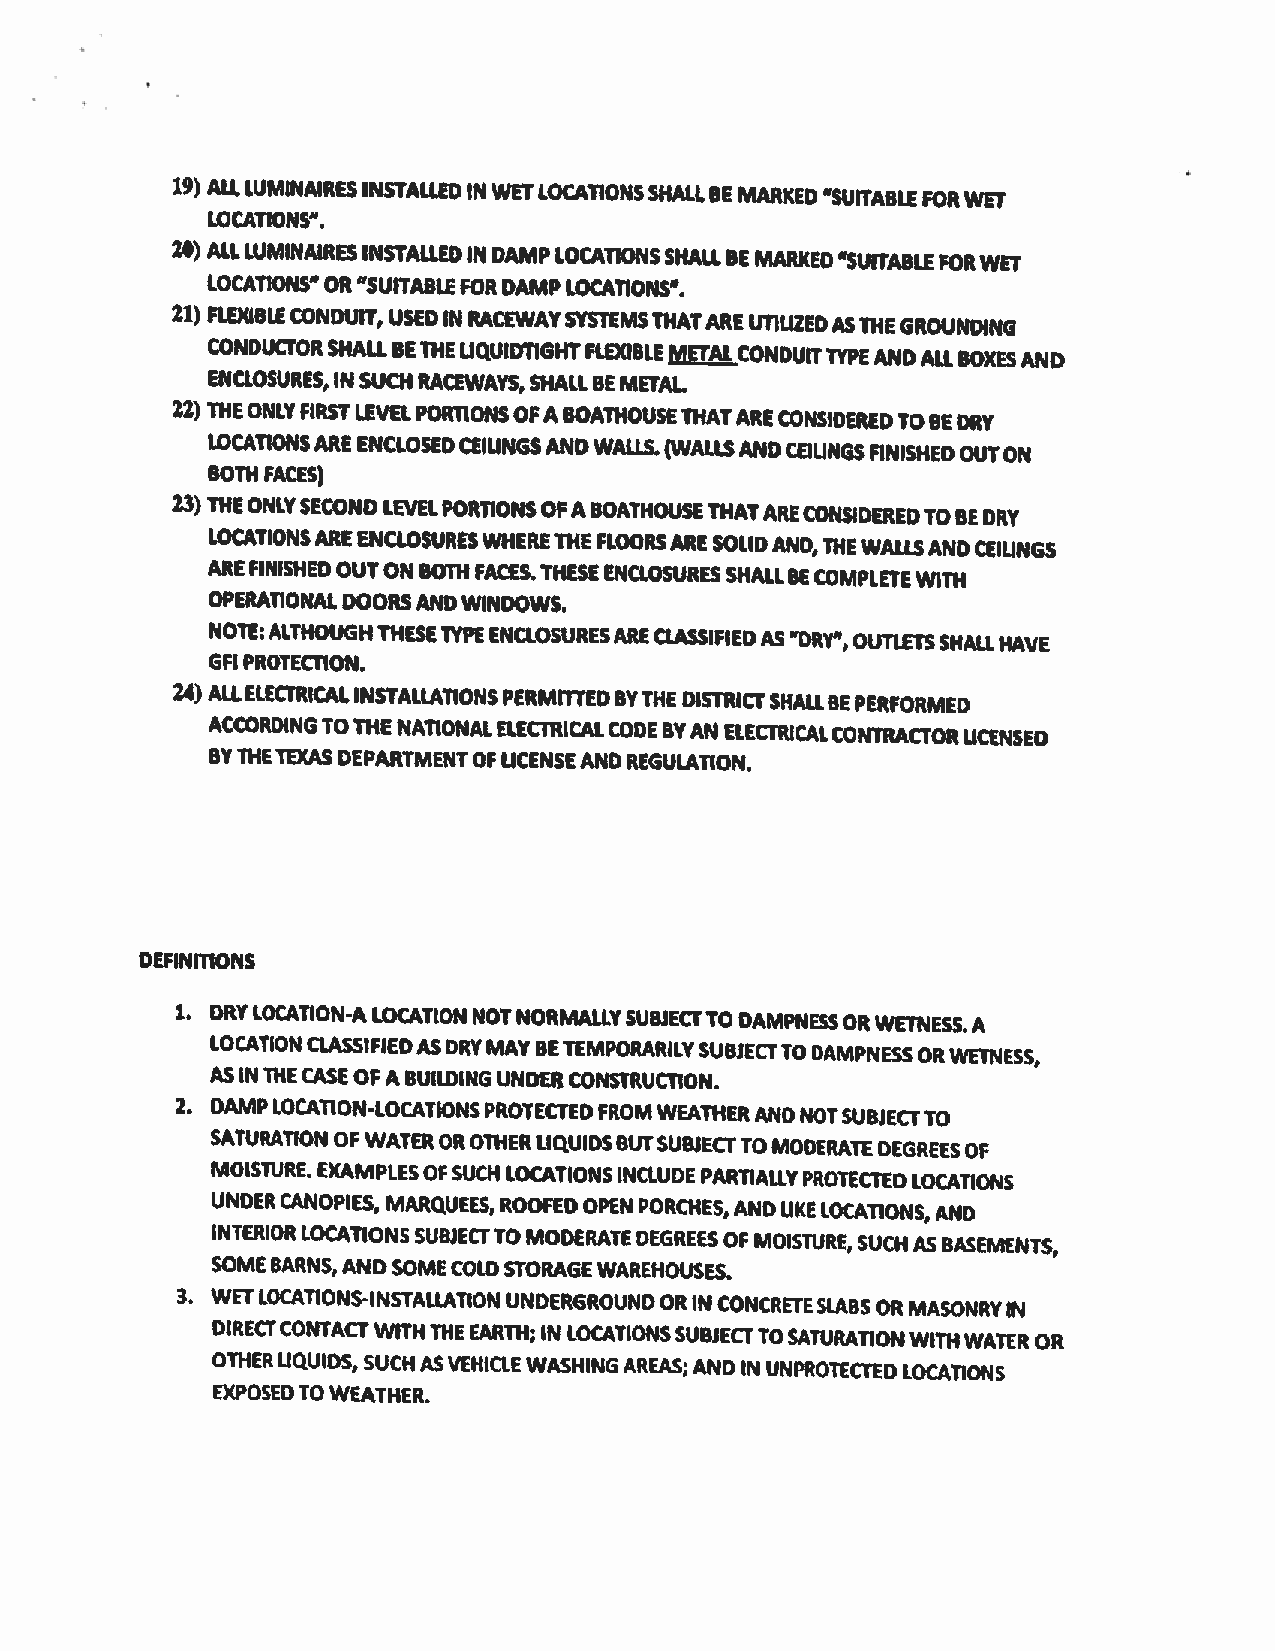
19) ALl.LUMINAIRESINSTALLEDIN WETLOCATIONSSHALLBE MARKED“SUITABLEFORWET
 LOCATiONS”.
 20) ALLWMINAIRESINSTALLEDINDAMPLOCATIONSSHAU.BEMARKED
 SUFTABLE FORWET
 LOCATIONS”OR“SUITABLEFORDAMPLOCATIONS”.
 21) FLEXIBLECONDUIT, USED INRACEWAYSYSTEMSTHATARE UTILIZEDASThEGROUND4NG
 CONDUCTORSHALLBEThEL1QUIDT1GHTFLEXiBLEMETALCONDUITTYPEANDALL
 BOXES AND
 ENCLOSURES,IN SUCH RACEWAYS,SHALLBE METAL
 22) THEONLYFIRSTLEVELPORTiONSOFABOAThOUSEThATARECONSIDEREDTOBEDRY
 LOCATIONSAREENCLOSEDCEIUNGSANDWALlS.(WALLSANDCEIliNGSFINISHEDOUTON
 BOTH FACES)
 23)‘EWEONLYSECOND LEVELPORTIONSOFABOATHOUSEThATARECONSIDEREDTOBE
 DRY
 LOCATIONSAREENCLOSURESWHEREThEFLOORSARESOLIDAND,THEWALLSANDCEIliNGS
 AREFINISHEDOUTON BOTH FACES.THESE ENCLOSURESSHALl.BECOMPLETEWITH
 OPERATIONALDOORSANDWINDOWS.
 NOTE:ALTHOUGHTHESETYPEENCLOSURESARECLASSIFIEDAS“DRY’,OUTLETSSHALLHAVE
 GFIPROTECTION.
 24) ALL.ELECTRICAl.INSTALLATiONSPERMITTEDBYTHE DISTRICTSHALLBEPERFORMED
 ACCORDINGTOTHENATIONALELECTRICALCODE BYAN ELECTRICALCONTRACTORUCENSED
 BYTHETEXASDEPARTMENTOF LICENSEAND REGULATION.
 DEFINITIONS
 1. DRYLOCATION-ALOCATION NOTNORMALLYSUBJECTTO DAMPNESSORWETNESS. A
 LOCATIONCLASSIFIEDASDRYMAY BETEMPORARILYSUBJECTTODAMPNESSORWETNESS,
 ASINThECASEOFABUILDINGUNDERCONSTRUCTiON.
 2. DAMP LOCATION-LOCATIONSPROTECTEDFROM WEATHER ANDNOTSUBJECTTO
 SATURATION OFWATEROROTHERLIQUIDSBUTSUBJECTTOMODERATE
 DEGREESOF
 MOISTURE. EXAMPLESOF SUCHLOCATIONSINCLUDEPARTIALLY PROTECTEDLOCATIONS
 UNDERCANOPIES, MARQUEES, ROOfED OPEN PORCHES,ANDUKELOCATIONS,AND
 INTERIORLOCATIONS SUBJECTTO MODERATEDEGREESOF MOISTURE,SUCHAS BASEMENTS,
 SOMEBARNS, ANDSOMECOLOSTORAGEWAREHOUSES.
 3. WETLOCATIONS-INSTALLATION UNDERGROUNDOR IN CONCRETESlABSORMASONRYIN
 DIRECTCONTACTWITHTHEEARTH; IN LOCATIONSSUBJECTTOSATURATIONWITHWATER
 OR
 OTHERLIQUIDS, SUCHASVEHICLE WASHING AREAS;ANDIN UNPROTECtEDLOCATIONS
 EXPOSEDTO WEATHER.